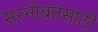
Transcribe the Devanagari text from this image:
सरनोबतसाठी